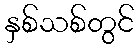
နှစ်သစ်တွင်